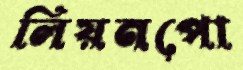
লিয়নপো